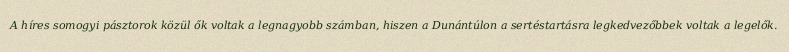
A híres somogyi pásztorok közül ők voltak a legnagyobb számban, hiszen a Dunántúlon a sertéstartásra legkedvezőbbek voltak a legelők.